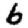
Digit: 6